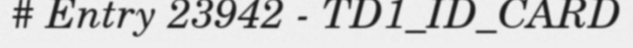
# Entry 23942 - TD1_ID_CARD